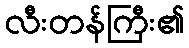
လီးတန်ကြီး၏